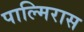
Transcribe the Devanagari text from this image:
पाल्मिरास